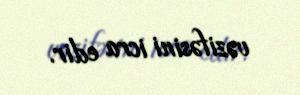
vəzifəsini icra edir.